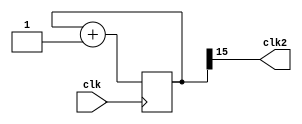
`timescale 1ns / 1ps

module timeset(clk,clk2);
    input clk;
    output clk2;
    reg [15:0]q;
    always@(posedge clk) begin
        q <= q + 1;
    end
    assign clk2 = q[15];
endmodule